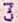
3